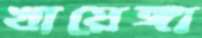
খায়েঙ্গা